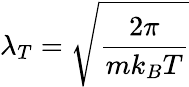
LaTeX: \lambda_{T}=\sqrt{\frac{2\pi}{mk_{B}T}}